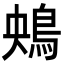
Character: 𩿶